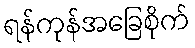
ရန်ကုန်အခြေစိုက်